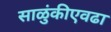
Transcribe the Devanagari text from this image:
साळुंकीएवढा